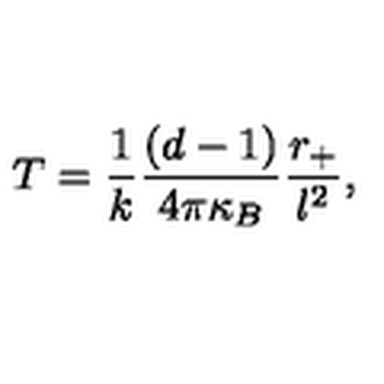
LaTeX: T = \frac { 1 } { k } \frac { ( d - 1 ) } { 4 \pi \kappa _ { B } } \frac { r _ { + } } { l ^ { 2 } } ,